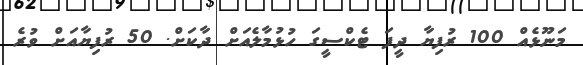
މަނޫޅެއް 100 ރުފިޔާ ދީފަ ޓެކްސީގަ ހުޅުމާލެއަށް ދާކަށް. 50 ރުފިޔާއަށް ވުރެ